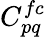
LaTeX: C_{pq}^{fc}